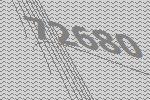
72680